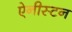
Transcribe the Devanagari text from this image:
ऐनीस्टन